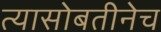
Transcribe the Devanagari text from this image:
त्यासोबतीनेच